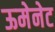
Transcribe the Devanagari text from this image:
ऊमेनेट